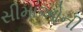
સીમાઓની